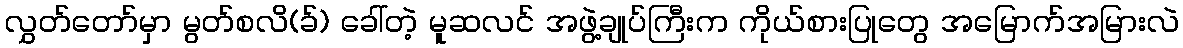
လွှတ်တော်မှာ မွတ်စလိ(ခ်) ခေါ်တဲ့ မူဆလင် အဖွဲ့ချုပ်ကြီးက ကိုယ်စားပြုတွေ အမြောက်အမြားလဲ